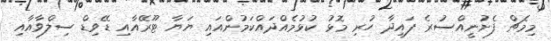
މިމެޗް ފެށުނީއްސުރެ ފައިދާ ހުރި މޮޅު ކުޅުމެއްދައްކަމުންއައި ޔަޔާ ޓޫރޭއާއި ޑޭވިޑް ސިލްވާއާއި